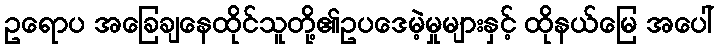
ဥရောပ အခြေချနေထိုင်သူတို့၏ဥပဒေမဲ့မှုများနှင့် ထိုနယ်မြေ အပေါ်